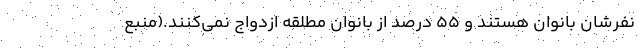
نفرشان بانوان هستند و ۵۵ درصد از بانوان مطلقه ازدواج نمی‌کنند.(منبع